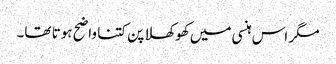
مگر اس ہنسی میں کھوکھلا پن کتنا واضح ہوتا تھا۔